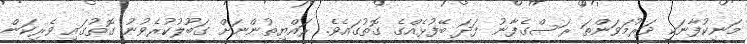
މަނިކުފާނަކީ ދަރުމަވަންތަ ރަސްގެފާނު ފަދަ ބޭފުޅެއްގެ ގޮތުގައެވެ. ރައްޔިތުންނަށް ގަބޫލުކުރެވުނު ގޮތުގައި ވެރިކަން